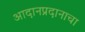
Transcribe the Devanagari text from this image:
आदानप्रदानाचा